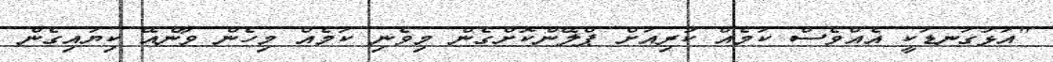
"އަޅުގަނޑަކީ އެއްވެސް ކަމެއް ކުރިއަށް ޕްލޭންކޮށްގެން މިވެނި ކަމެއް މިހެން ވާނެއޭ ކިޔައިގެން